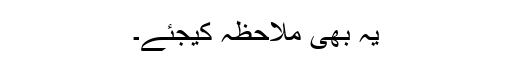
یہ بھی ملاحظہ کیجئے۔